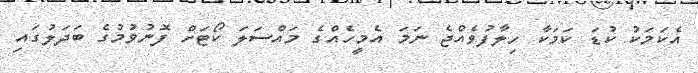
އެކަމަކު ކުޑަ ކަމަކާ ހިލާފުވެއްޖެ ނަމަ އެމީހެއްގެ މައްސަލަ ކޯޓަށް ފޮނުވުމުގެ ބަދަލުގައި